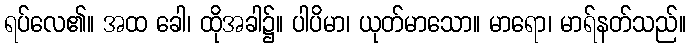
ရပ်လေ၏။ အထ ခေါ၊ ထိုအခါ၌။ ပါပိမာ၊ ယုတ်မာသော။ မာရော၊ မာရ်နတ်သည်။